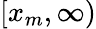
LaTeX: [x_{m},\infty)